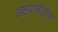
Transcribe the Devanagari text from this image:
अष्टयामीसेवा